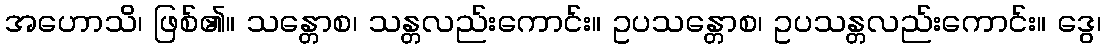
အဟောသိ၊ ဖြစ်၏။ သန္တောစ၊ သန္တလည်းကောင်း။ ဥပသန္တောစ၊ ဥပသန္တလည်းကောင်း။ ဒွေ၊